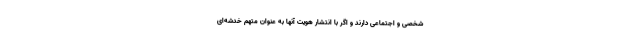
شخصی و اجتماعی دارند و اگر با انتشار هویت آنها به عنوان متهم خدشه‌ای